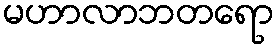
မဟာလာဘတရော